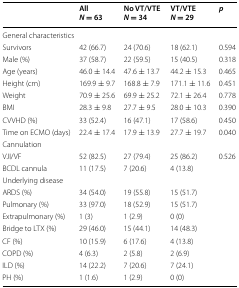
<table><thead><tr><td></td><td><b>All<i>N</i> = 63</b></td><td><b>No VT/VTE<i>N</i> = 34</b></td><td><b>VT/VTE<i>N</i> = 29</b></td><td><b><i>p</i></b></td></tr></thead><tbody><tr><td colspan="5">General characteristics</td></tr><tr><td>Survivors</td><td>42 (66.7)</td><td>24 (70.6)</td><td>18 (62.1)</td><td>0.594</td></tr><tr><td>Male (%)</td><td>37 (58.7)</td><td>22 (59.5)</td><td>15 (40.5)</td><td>0.318</td></tr><tr><td>Age (years)</td><td>46.0 ± 14.4</td><td>47.6 ± 13.7</td><td>44.2 ± 15.3</td><td>0.465</td></tr><tr><td>Height (cm)</td><td>169.9 ± 9.7</td><td>168.8 ± 7.9</td><td>171.1 ± 11.6</td><td>0.451</td></tr><tr><td>Weight</td><td>70.9 ± 25.6</td><td>69.9 ± 25.2</td><td>72.1 ± 26.4</td><td>0.778</td></tr><tr><td>BMI</td><td>28.3 ± 9.8</td><td>27.7 ± 9.5</td><td>28.0 ± 10.3</td><td>0.390</td></tr><tr><td>CVVHD (%)</td><td>33 (52.4)</td><td>16 (47.1)</td><td>17 (58.6)</td><td>0.450</td></tr><tr><td>Time on ECMO (days)</td><td>22.4 ± 17.4</td><td>17.9 ± 13.9</td><td>27.7 ± 19.7</td><td>0.040</td></tr><tr><td colspan="5">Cannulation</td></tr><tr><td>VJI/VF</td><td>52 (82.5)</td><td>27 (79.4)</td><td>25 (86.2)</td><td>0.526</td></tr><tr><td>BCDL cannula</td><td>11 (17.5)</td><td>7 (20.6)</td><td>4 (13.8)</td><td></td></tr><tr><td colspan="5">Underlying disease</td></tr><tr><td>ARDS (%)</td><td>34 (54.0)</td><td>19 (55.8)</td><td>15 (51.7)</td><td></td></tr><tr><td>Pulmonary (%)</td><td>33 (97.0)</td><td>18 (52.9)</td><td>15 (51.7)</td><td></td></tr><tr><td>Extrapulmonary (%)</td><td>1 (3)</td><td>1 (2.9)</td><td>0 (0)</td><td></td></tr><tr><td>Bridge to LTX (%)</td><td>29 (46.0)</td><td>15 (44.1)</td><td>14 (48.3)</td><td></td></tr><tr><td>CF (%)</td><td>10 (15.9)</td><td>6 (17.6)</td><td>4 (13.8)</td><td></td></tr><tr><td>COPD (%)</td><td>4 (6.3)</td><td>2 (5.8)</td><td>2 (6.9)</td><td></td></tr><tr><td>ILD (%)</td><td>14 (22.2)</td><td>7 (20.6)</td><td>7 (24.1)</td><td></td></tr><tr><td>PH (%)</td><td>1 (1.6)</td><td>1 (2.9)</td><td>0 (0)</td><td></td></tr></tbody></table>